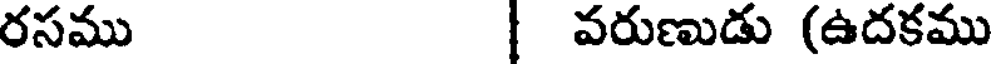
రసము వరుణుడు (ఉదకము